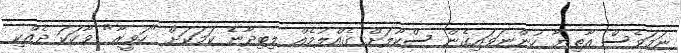
ނަމަވެސް އާތިޔާ ހުންނަވައިގެން ސްކޫލަށް ގެއްލުމެއް ލިބިދާނެ ކަމަކަށް "ހަވީރާ" ވާހަކަ ދެއްކި